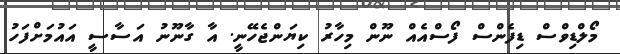
މޯލްޑިވްސް ޑިފެންސް ފޯސްއެއް ނޫން މިހާރު ކިޔަންޖެހޭނީ. އާ ގާނޫނު އަސާސީ އައުމަށްފަހު